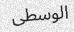
الوسطى